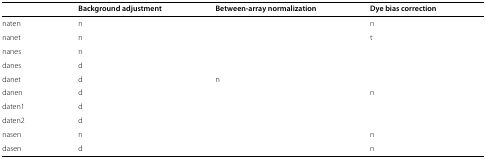
<table><thead><tr><td>[EMPTY_CELL]</td><td><b>Background adjustment</b></td><td><b>Between-array normalization</b></td><td><b>Dye bias correction</b></td></tr></thead><tbody><tr><td>naten</td><td>n</td><td>[EMPTY_CELL]</td><td>n</td></tr><tr><td>nanet</td><td>n</td><td>[EMPTY_CELL]</td><td>t</td></tr><tr><td>nanes</td><td>n</td><td>[EMPTY_CELL]</td><td>[EMPTY_CELL]</td></tr><tr><td>danes</td><td>d</td><td>[EMPTY_CELL]</td><td>[EMPTY_CELL]</td></tr><tr><td>danet</td><td>d</td><td>n</td><td>[EMPTY_CELL]</td></tr><tr><td>danen</td><td>d</td><td>[EMPTY_CELL]</td><td>n</td></tr><tr><td>daten1</td><td>d</td><td>[EMPTY_CELL]</td><td>[EMPTY_CELL]</td></tr><tr><td>daten2</td><td>d</td><td>[EMPTY_CELL]</td><td>[EMPTY_CELL]</td></tr><tr><td>nasen</td><td>n</td><td>[EMPTY_CELL]</td><td>n</td></tr><tr><td>dasen</td><td>d</td><td>[EMPTY_CELL]</td><td>n</td></tr></tbody></table>